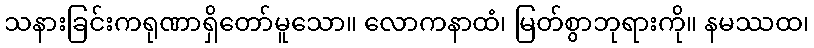
သနားခြင်းကရုဏာရှိတော်မူသော။ လောကနာထံ၊ မြတ်စွာဘုရားကို။ နမဿထ၊